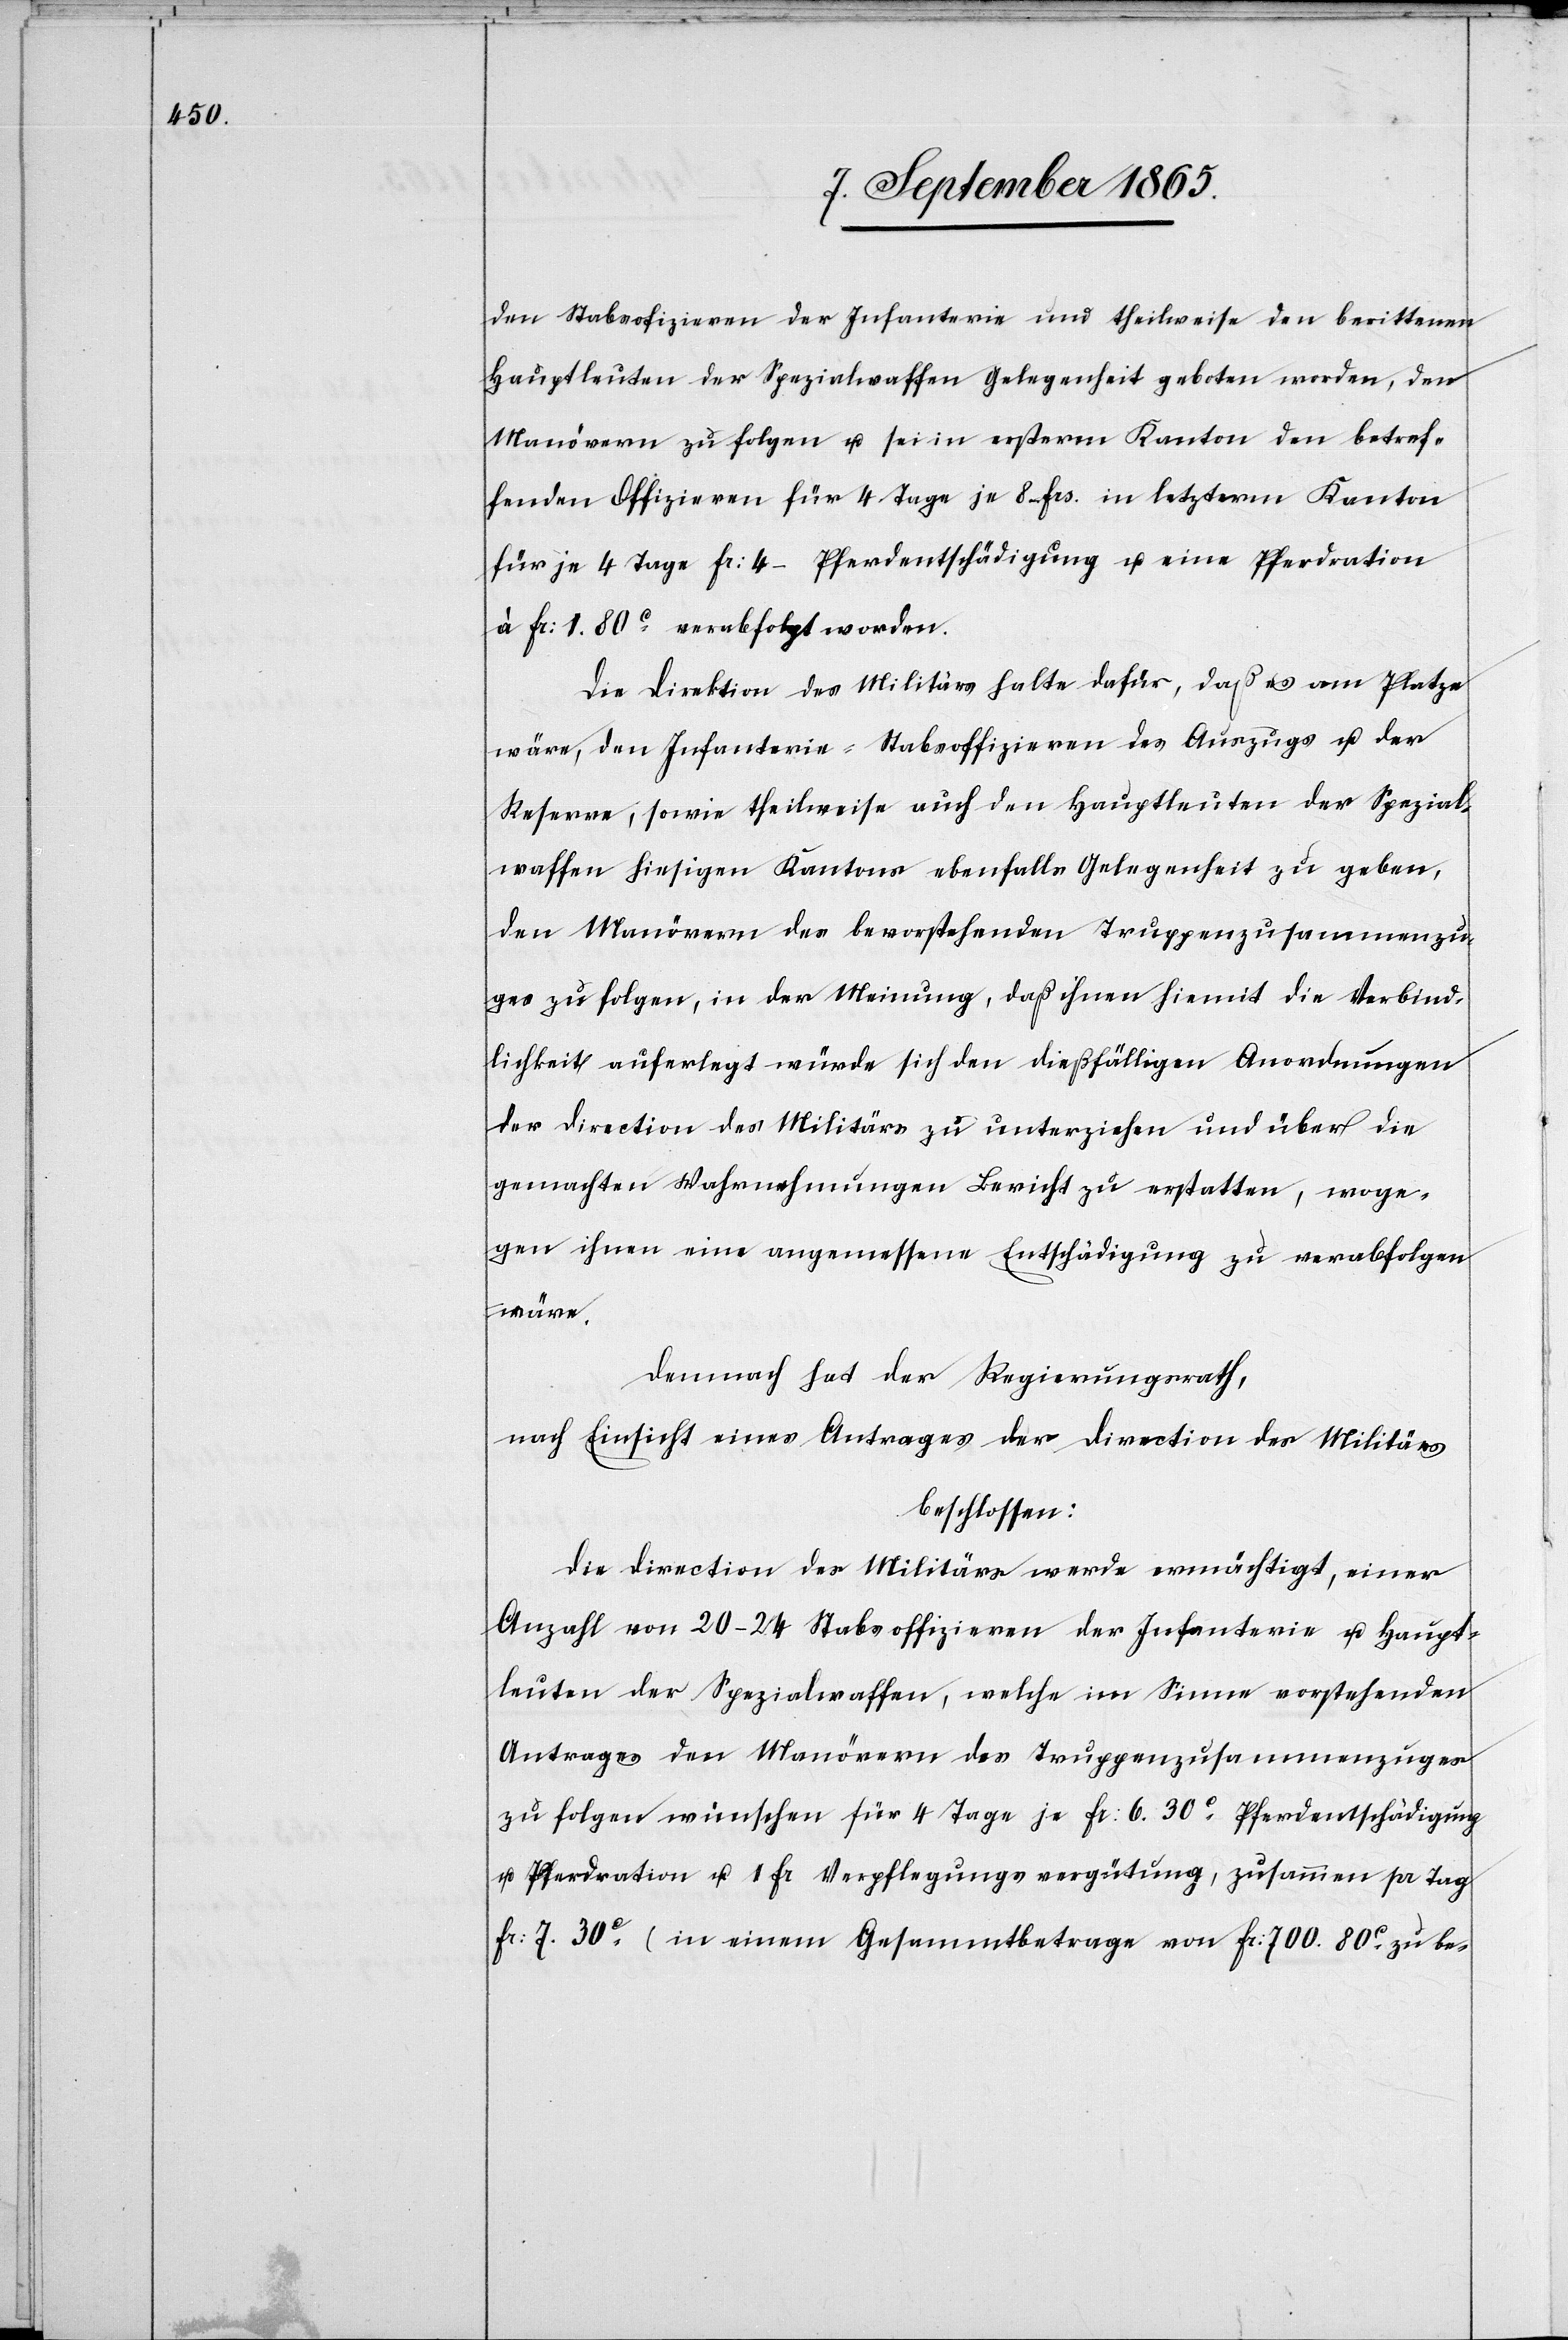
Den Stabsofizieren der Infanterie und theilweise den berittenen
Hauptleuten der Spezialwaffen Gelegenheit geboten worden, den
Manövern zu folgen u. sei in ersterm Kanton den betref¬
fenden Offizieren für 4 Tage je 8 frs.[,] in letzterm Kanton
für je 4 Tage fr: 4 Pferdentschädigung u. eine Pferdration
à fr: 1. 80 c verabfolgt worden.
Die Direktion des Militärs halte dafür, daß es am Platze
wäre, den Infanterie-Stabsoffizieren des Auszugs u. der
Reserve, sowie theilweise auch den Hauptleuten der Spezial¬
waffen hiesigen Kantons ebenfalls Gelegenheit zu geben,
den Manövern des bevorstehenden Truppenzusammenzu¬
ges zu folgen, in der Meinung, daß ihnen hiemit die Verbind¬
lichkeit auferlegt würde sich den dießfälligen Anordnungen
der Direction des Militärs zu unterziehen und über die
gemachten Wahrnehmungen Bericht zu erstatten, woge¬
gen ihnen eine angemessene Entschädigung zu verabfolgen
wäre.
Demnach hat der Regierungsrath,
nach Einsicht eines Antrages der Direction des Militärs
beschlossen:
Die Direction des Militärs werde ermächtigt, einer
Anzahl von 20–24 Stabsoffizieren der Infanterie u. Haupt¬
leuten der Spezialwaffen, welche im Sinne vorstehenden
Antrages den Manövern des Truppenzusammenzuges
zu folgen wünschen für 4 Tage je fr: 6. 30 c Pferdentschädigung
u. Pferdration u. 1 fr Verpflegungsvergütung, zusammen pr Tag
fr: 7. 30. c (in einem Gesammtbetrage von fr: 700. 850. c zu be-